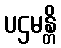
ပဌမန္တိ